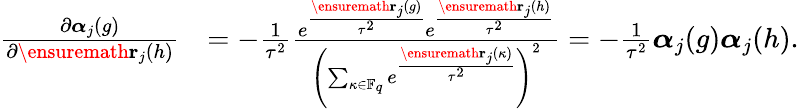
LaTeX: \begin{array}{rl}{\frac{\partial\boldsymbol{\alpha}_{j}(g)}{\partial\ensuremath{\mathbf{r}}_{j}(h)}}&{=-\frac{1}{\tau^{2}}\frac{e^{\frac{\ensuremath{\mathbf{r}}_{j}(g)}{\tau^{2}}}e^{\frac{\ensuremath{\mathbf{r}}_{j}(h)}{\tau^{2}}}}{\left(\sum_{\kappa\in\mathbb{F}_{q}}e^{\frac{\ensuremath{\mathbf{r}}_{j}(\kappa)}{\tau^{2}}}\right)^{2}}=-\frac{1}{\tau^{2}}\boldsymbol{\alpha}_{j}(g)\boldsymbol{\alpha}_{j}(h).}\end{array}